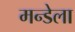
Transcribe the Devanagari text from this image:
मन्डेला